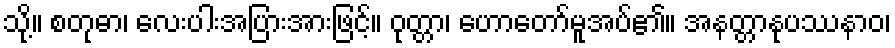
သို့။ စတုဓာ၊ လေးပါးအပြားအားဖြင့်။ ဝုတ္တာ၊ ဟောတော်မူအပ်၏။ အနတ္တာနုပဿနာဝ၊